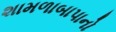
શામળાબાપાનો